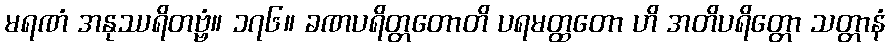
မရဏံ အနုဿရိတဗ္ဗံ။ ၁၇၆။ ခဏပရိတ္တတောတိ ပရမတ္ထတော ဟိ အတိပရိတ္တော သတ္တာနံ